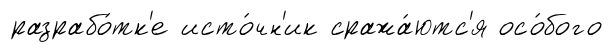
разрабо́тк'е исто́чн'ик сража́ютс'я осо́бого